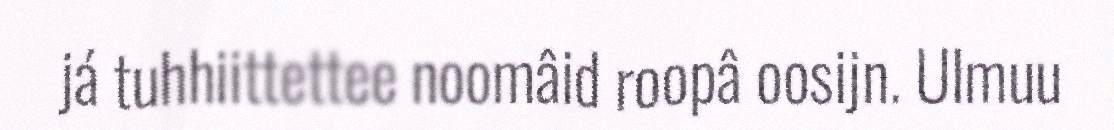
já tuhhiittettee noomâid roopâ oosijn. Ulmuu